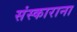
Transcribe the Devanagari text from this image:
संस्काराना